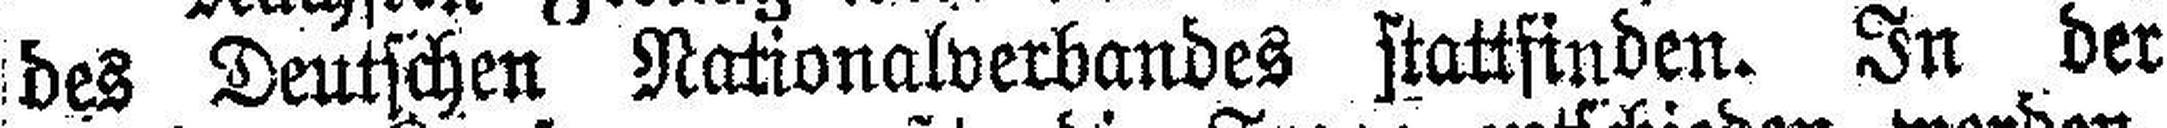
des Deutschen Nationalverbandes stattfinden. In der